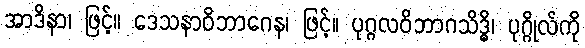
အာဒိနာ၊ ဖြင့်။ ဒေသနာဝိဘာဂေန၊ ဖြင့်။ ပုဂ္ဂလဝိဘာဂသိဒ္ဓိ၊ ပုဂ္ဂိုလ်ကို